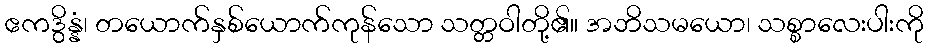
ဧကဒွိန္နံ၊ တယောက်နှစ်ယောက်ကုန်သော သတ္တဝါတို့၏။ အဘိသမယော၊ သစ္စာလေးပါးကို